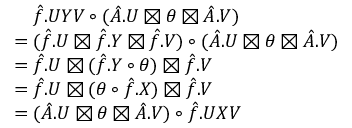
\begin{array} { r l } & { \quad \hat { f } . U Y V \circ ( \hat { A } . U \boxtimes \theta \boxtimes \hat { A } . V ) } \\ & { = ( \hat { f } . U \boxtimes \hat { f } . Y \boxtimes \hat { f } . V ) \circ ( \hat { A } . U \boxtimes \theta \boxtimes \hat { A } . V ) } \\ & { = \hat { f } . U \boxtimes ( \hat { f } . Y \circ \theta ) \boxtimes \hat { f } . V } \\ & { = \hat { f } . U \boxtimes ( \theta \circ \hat { f } . X ) \boxtimes \hat { f } . V } \\ & { = ( \hat { A } . U \boxtimes \theta \boxtimes \hat { A } . V ) \circ \hat { f } . U X V } \end{array}